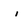
Character: i